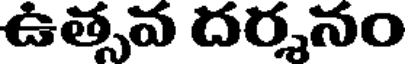
ఉత్సవ దర్శనం